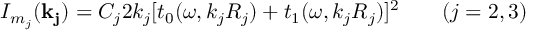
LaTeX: I _ { m _ { j } } ( { \bf k _ { j } } ) = C _ { j } 2 k _ { j } [ t _ { 0 } ( { \omega } , { k _ { j } R _ { j } } ) + t _ { 1 } ( { \omega } , { k _ { j } R _ { j } } ) ] ^ { 2 } \qquad ( j = 2 , 3 )